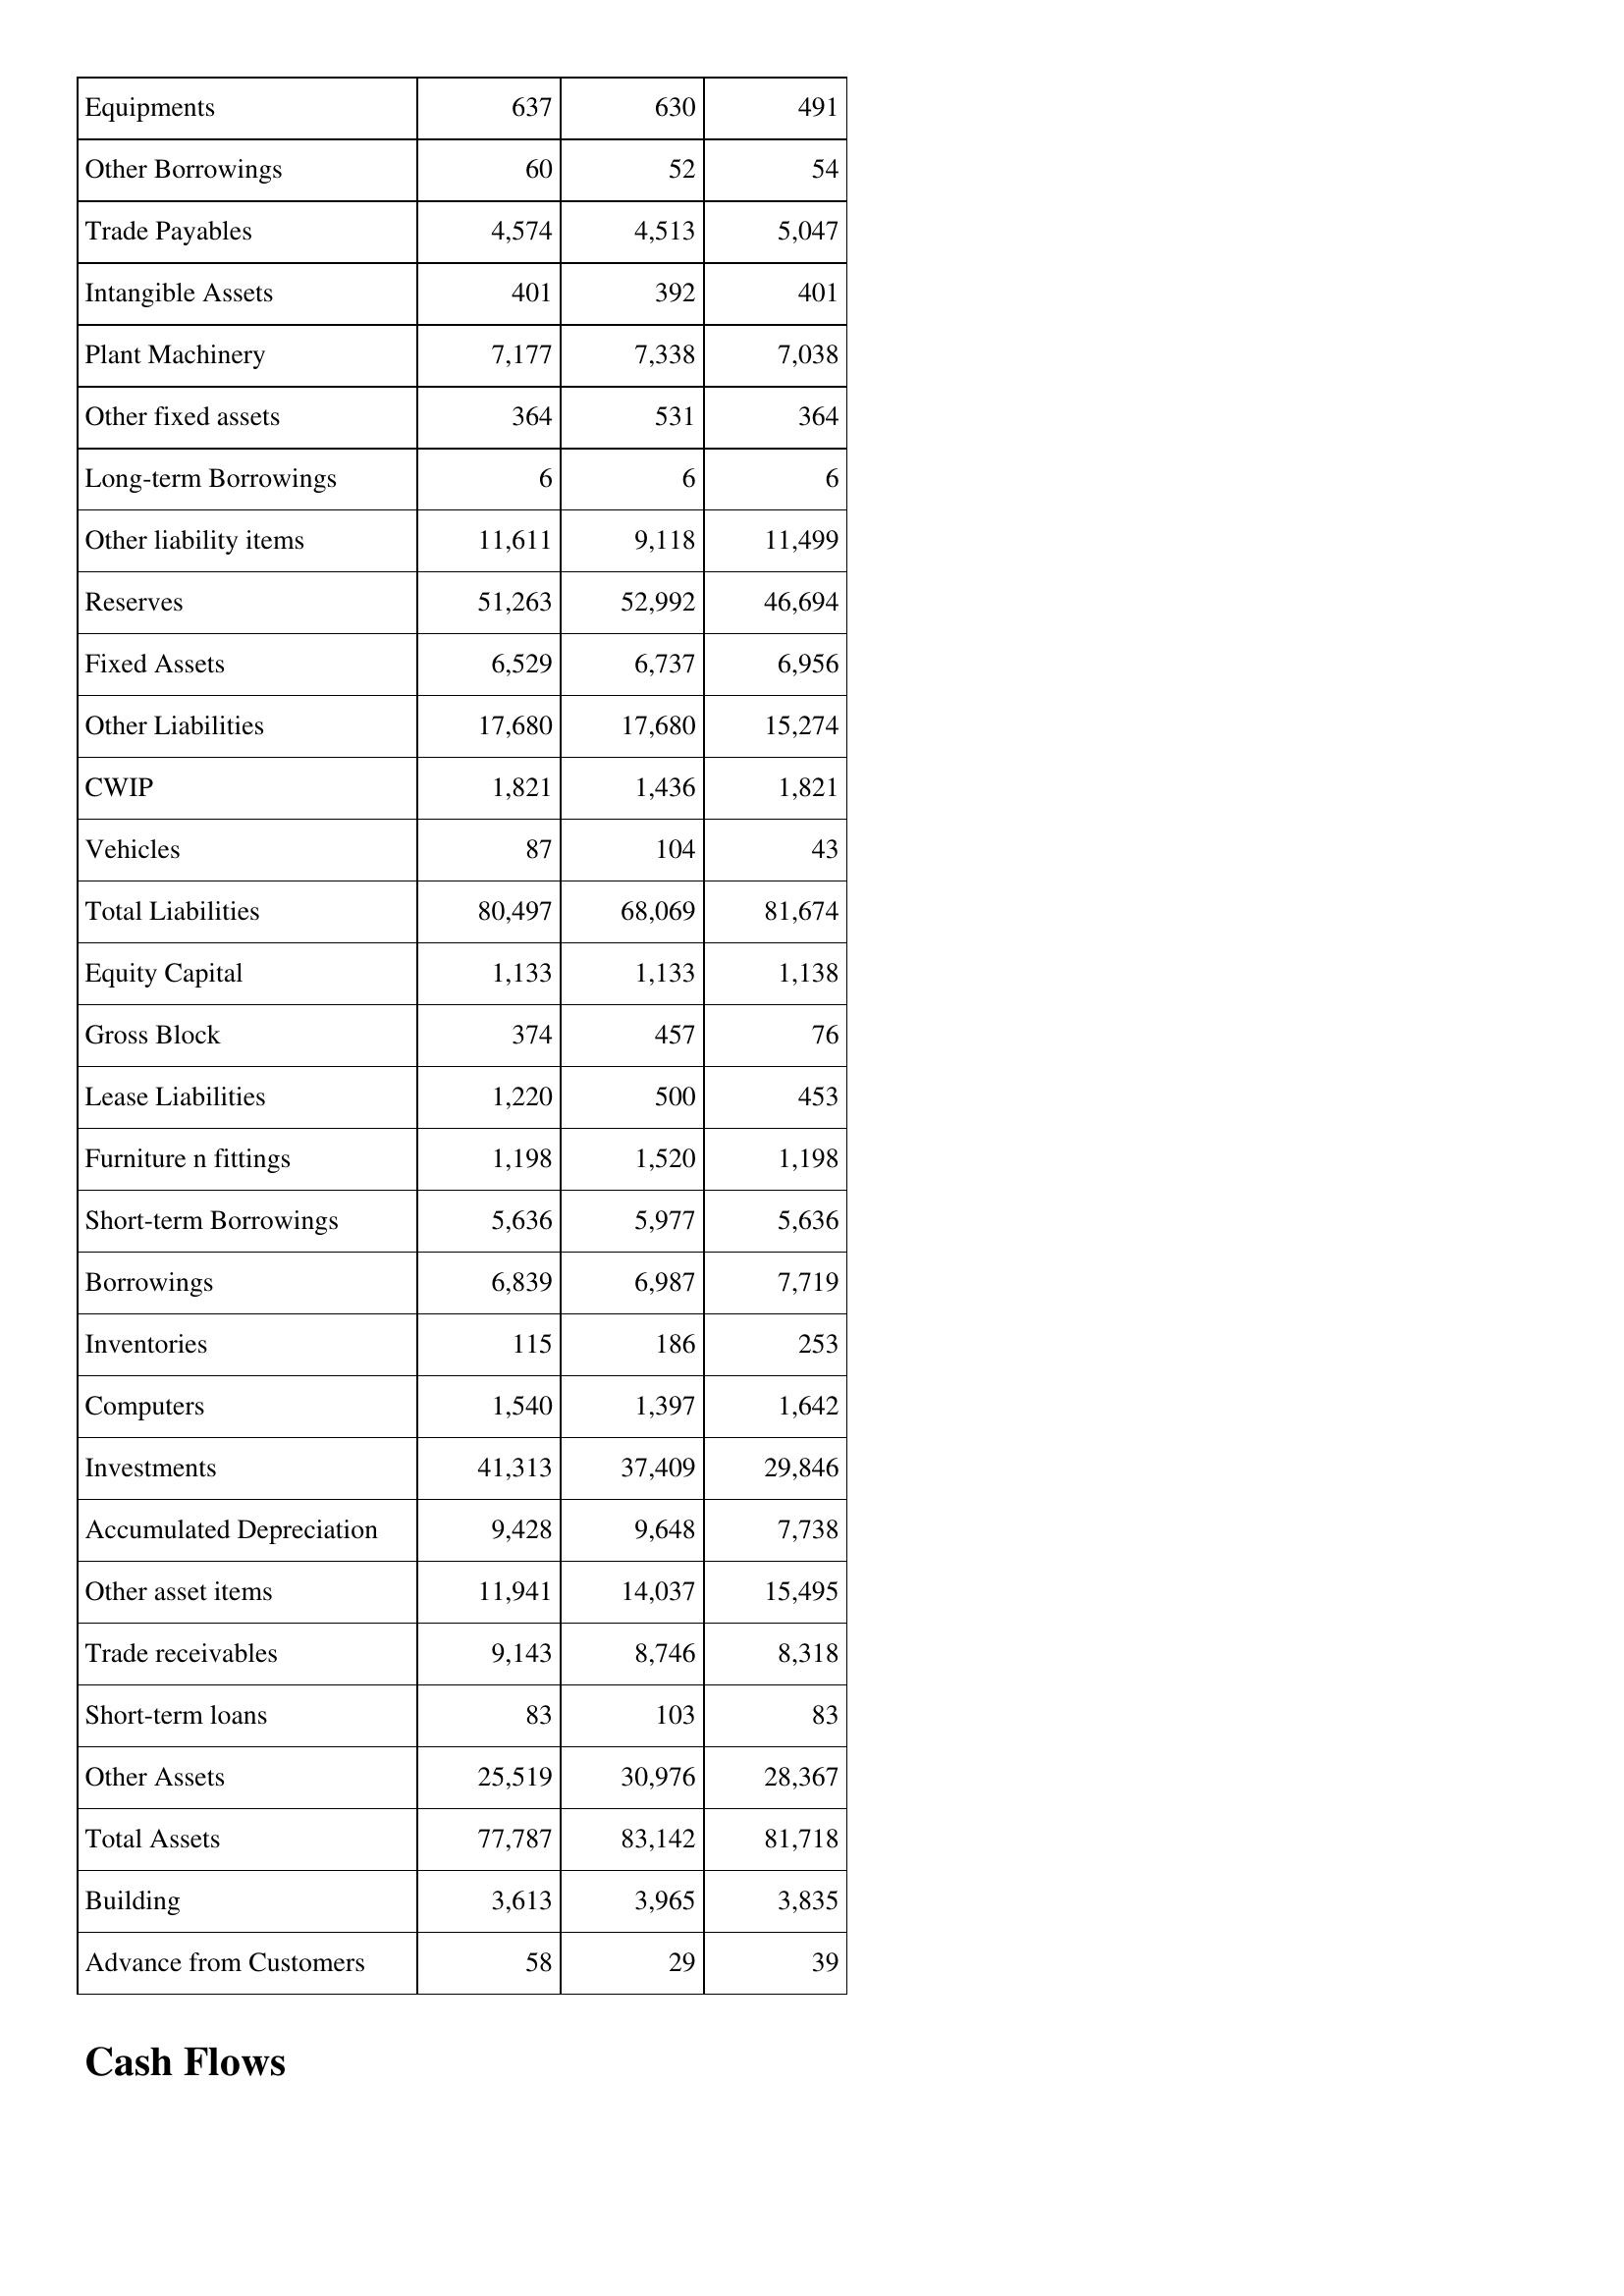
Nov-13: Balance Sheet: Equipments: 637
Other Borrowings: 60
Trade Payables: 4,574
Intangible Assets: 401
Plant Machinery: 7,177
Other fixed assets: 364
Long-term Borrowings: 6
Other liability items: 11,611
Reserves: 51,263
Fixed Assets: 6,529
Other Liabilities: 17,680
CWIP: 1,821
Vehicles: 87
Total Liabilities: 80,497
Equity Capital: 1,133
Gross Block: 374
Lease Liabilities: 1,220
Furniture n fittings: 1,198
Short-term Borrowings: 5,636
Borrowings: 6,839
Inventories: 115
Computers: 1,540
Investments: 41,313
Accumulated Depreciation: 9,428
Other asset items: 11,941
Trade receivables: 9,143
Short-term loans: 83
Other Assets: 25,519
Total Assets: 77,787
Building: 3,613
Advance from Customers: 58
Nov-12: Balance Sheet: Equipments: 630
Other Borrowings: 52
Trade Payables: 4,513
Intangible Assets: 392
Plant Machinery: 7,338
Other fixed assets: 531
Long-term Borrowings: 6
Other liability items: 9,118
Reserves: 52,992
Fixed Assets: 6,737
Other Liabilities: 17,680
CWIP: 1,436
Vehicles: 104
Total Liabilities: 68,069
Equity Capital: 1,133
Gross Block: 457
Lease Liabilities: 500
Furniture n fittings: 1,520
Short-term Borrowings: 5,977
Borrowings: 6,987
Inventories: 186
Computers: 1,397
Investments: 37,409
Accumulated Depreciation: 9,648
Other asset items: 14,037
Trade receivables: 8,746
Short-term loans: 103
Other Assets: 30,976
Total Assets: 83,142
Building: 3,965
Advance from Customers: 29
Nov-11: Balance Sheet: Equipments: 491
Other Borrowings: 54
Trade Payables: 5,047
Intangible Assets: 401
Plant Machinery: 7,038
Other fixed assets: 364
Long-term Borrowings: 6
Other liability items: 11,499
Reserves: 46,694
Fixed Assets: 6,956
Other Liabilities: 15,274
CWIP: 1,821
Vehicles: 43
Total Liabilities: 81,674
Equity Capital: 1,138
Gross Block: 76
Lease Liabilities: 453
Furniture n fittings: 1,198
Short-term Borrowings: 5,636
Borrowings: 7,719
Inventories: 253
Computers: 1,642
Investments: 29,846
Accumulated Depreciation: 7,738
Other asset items: 15,495
Trade receivables: 8,318
Short-term loans: 83
Other Assets: 28,367
Total Assets: 81,718
Building: 3,835
Advance from Customers: 39